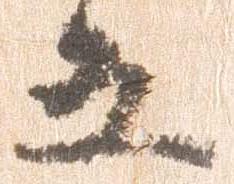
五